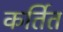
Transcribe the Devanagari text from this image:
कर्तित